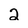
Character: 2